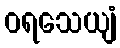
ဝရသေယျံ